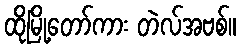
ထိုမြို့တော်ကား တဲလ်အဗစ်။